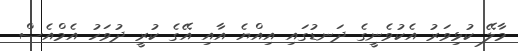
މާލޭ ކުޅިވަރު އެކުވެނީގެ ދަނޑުގައި އިއްޔެ އާއި އޭގެ ކުރީ ދުވަހު އެމްއެސް